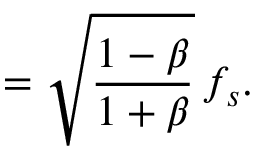
= { \sqrt { \frac { 1 - \beta } { 1 + \beta } } } \, f _ { s } .